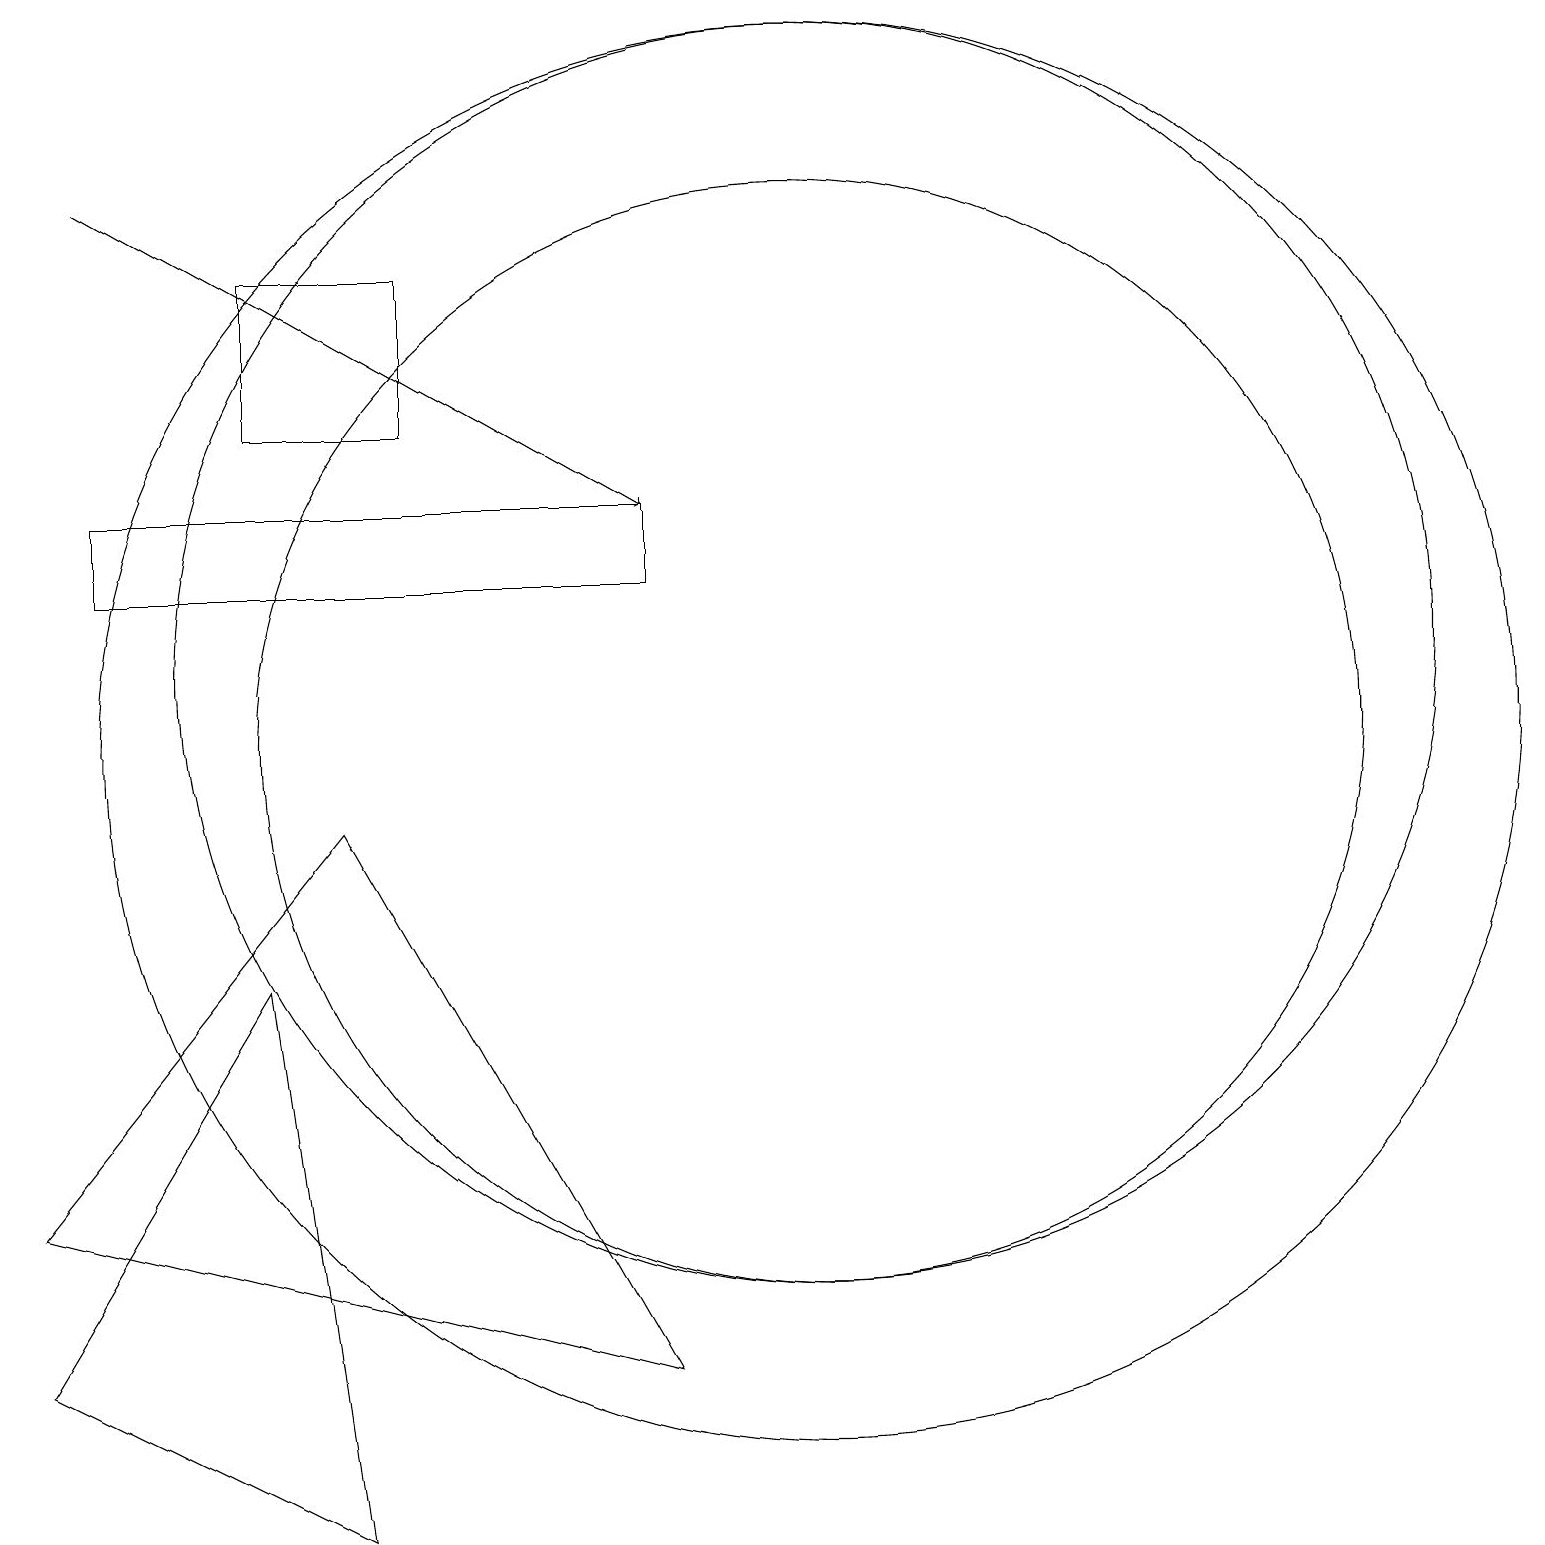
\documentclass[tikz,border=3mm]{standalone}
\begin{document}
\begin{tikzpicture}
\draw (4,0) -- (0,2) -- (3,7) -- cycle;
\draw (5,16) rectangle (3,14);
\draw (10,10) circle (7);
\draw (1,13) rectangle (8,12);
\draw (10,11) circle (8);
\draw (10,10) circle (9);
\draw (0,4) -- (4,9) -- (8,2) -- cycle;
\draw[->] (1,17) -- (8,13);
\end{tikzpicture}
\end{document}